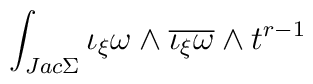
\int_{Jac \Sigma}\iota_{\xi}\omega\wedge\overline{\iota_{\xi}\omega}\wedge t^{r-1}